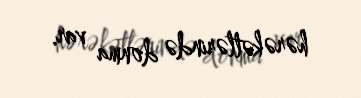
hərəkətlərində donma var.